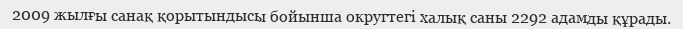
2009 жылғы санақ қорытындысы бойынша округтегі халық саны 2292 адамды құрады.